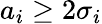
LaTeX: a_{i}\geq 2\sigma_{i}